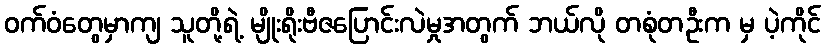
ဝက်ဝံတွေမှာကျ သူတို့ရဲ့ မျိုးရိုးဗီဇပြောင်းလဲမှုအတွက် ဘယ်လို တစုံတဦးက မှ ပဲ့ကိုင်